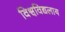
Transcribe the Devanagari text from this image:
विश्वविद्यलाय